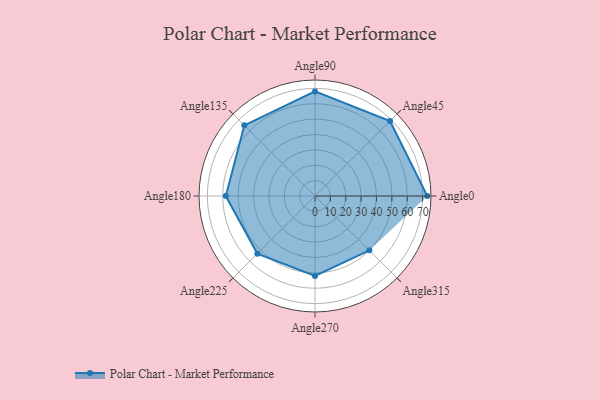
{"axis": {"x": "Angle", "y": "Radius"}, "legend": [""], "data": [{"x": "Angle0", "y": 73.0, "type": ""}, {"x": "Angle45", "y": 69.0, "type": ""}, {"x": "Angle90", "y": 68.0, "type": ""}, {"x": "Angle135", "y": 65.0, "type": ""}, {"x": "Angle180", "y": 58.0, "type": ""}, {"x": "Angle225", "y": 53.0, "type": ""}, {"x": "Angle270", "y": 52.0, "type": ""}, {"x": "Angle315", "y": 50, "type": ""}]}